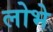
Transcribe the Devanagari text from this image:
लोभे